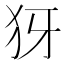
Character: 犽